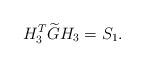
LaTeX: \begin{align*}H_{3}^{T}\widetilde{G}H_{3}=S_{1}. \end{align*}